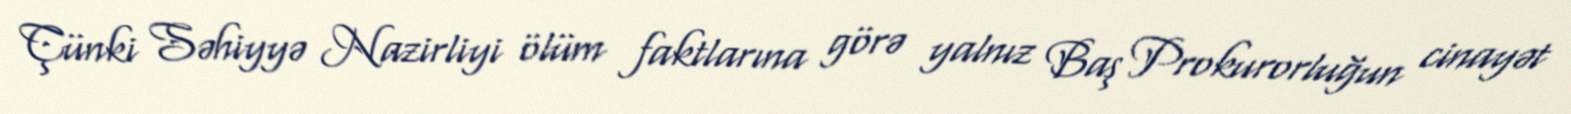
Çünki Səhiyyə Nazirliyi ölüm faktlarına görə yalnız Baş Prokurorluğun cinayət